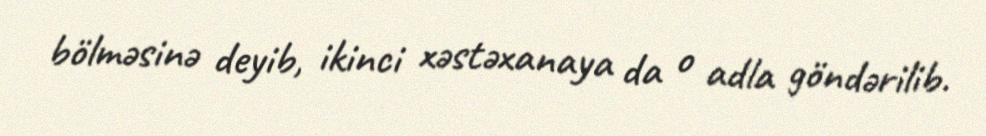
bölməsinə deyib, ikinci xəstəxanaya da o adla göndərilib.